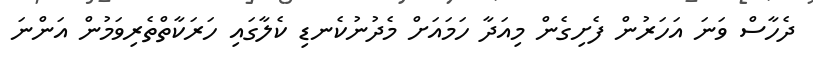
ދެހާސް ވަނަ އަހަރުން ފެށިގެން މިއަދާ ހަމައަށް މެދުނުކެނޑި ކެލާގައި ހަރަކާތްތެރިވަމުން އަންނަ